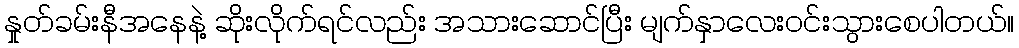
နှုတ်ခမ်းနီအနေနဲ့ ဆိုးလိုက်ရင်လည်း အသားဆောင်ပြီး မျက်နှာလေးဝင်းသွားစေပါတယ်။